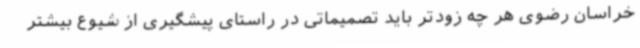
خراسان رضوی هر چه زودتر باید تصمیماتی در راستای پیشگیری از شیوع بیشتر